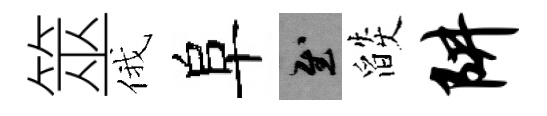
筮俄阜慰燄阱